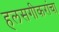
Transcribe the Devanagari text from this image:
हलसगीकरांचा